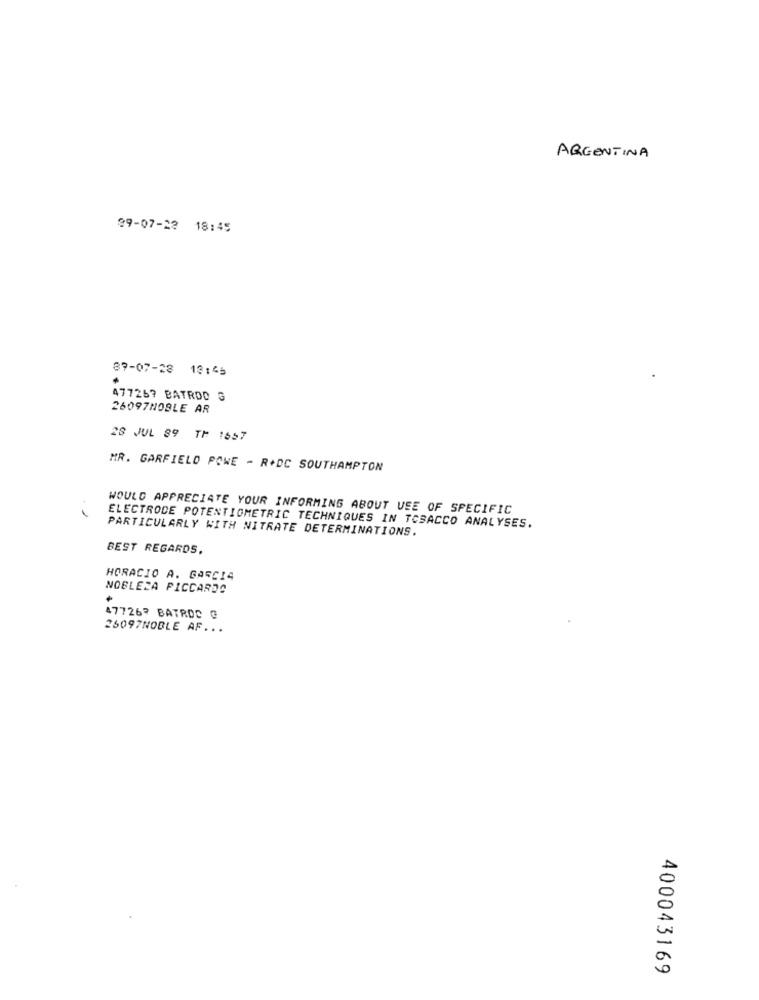
ARGENTINA
09-07-22 18:45
89-07-28 13:45
477267 BATRDD G
26097NOBLE AR
28 JUL 89 TH 1657
MR. GARFIELD POWE - R+DC SOUTHAMPTON
WOULD APPRECIATE YOUR INFORMING ABOUT VEE OF SPECIFIC
ELECTRODE POTENTIOMETRIC TECHNIQUES IN TOBACCO ANALYSES.
PARTICULARLY WITH NITRATE DETERMINATIONS.
BEST REGARDS,
HORACIO A. GARCIA
NOBLEZA PICCARDO
47726? BATRDO @
35097NOBLE AF .. .
400043169